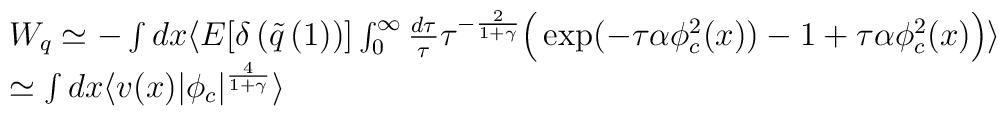
\begin{array}{l} W_{q}\simeq - \int dx \langle E[    \delta\left(\tilde{q}\left(1\right)\right)]\int_{0}^{\infty} \frac{d\tau}{\tau}   \tau^{-\frac{2}{1+\gamma}} \Big( \exp(-\tau \alpha\phi_{c}^{2}(x)  )    -1   +\tau\alpha\phi_{c}^{2}(x) \Big) \rangle     \cr     \simeq       \int dx  \langle     v(x)       \vert\phi_{c}\vert^{\frac{4}{1+\gamma}}\rangle\end{array}